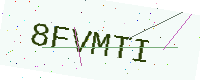
Text: 8FVMTI